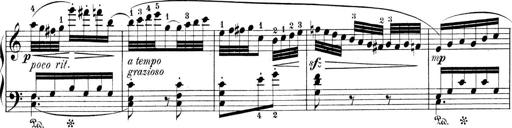
Title: 9 Sonatinen
Composer: Alexander Winterberger